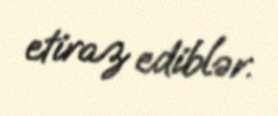
etiraz ediblər.